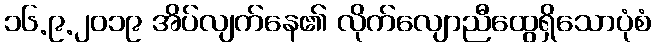
၁၆.၉.၂၀၁၉ အိပ်လျက်နေ၏ လိုက်လျောညီထွေရှိသောပုံစံ